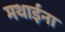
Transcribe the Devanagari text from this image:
मथाईना